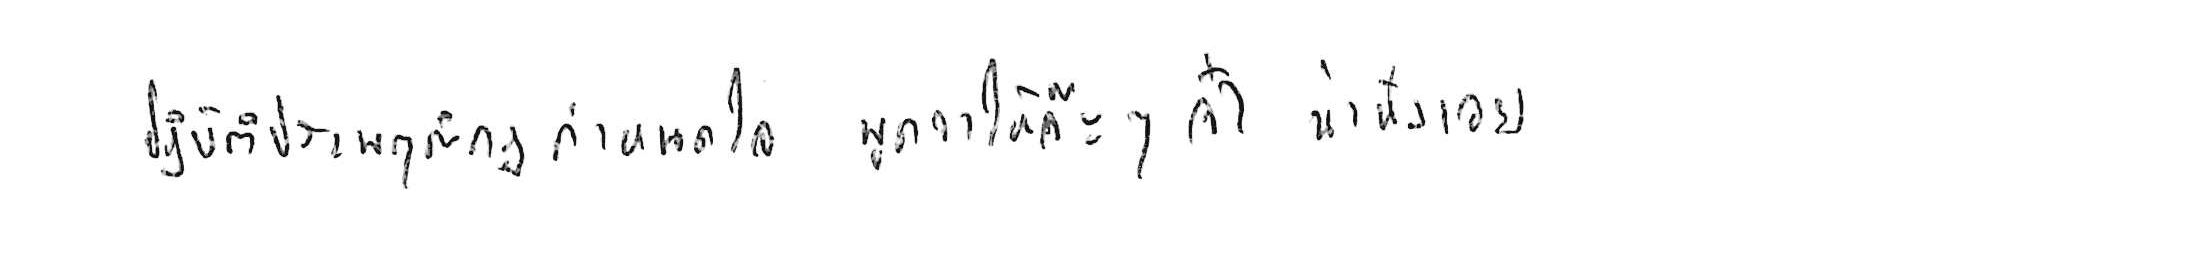
ปฏิบัติประพฤติกฎกำหนดใจ พูดจาให้จ๊ะๆ จ๋า น่าฟังเอยฯ